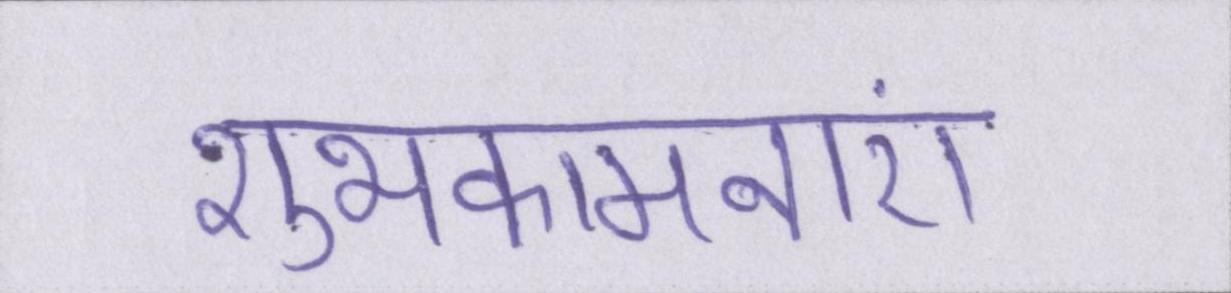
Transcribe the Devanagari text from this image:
शुभकामनाएं